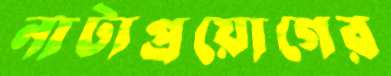
নাট্যপ্রয়োগের